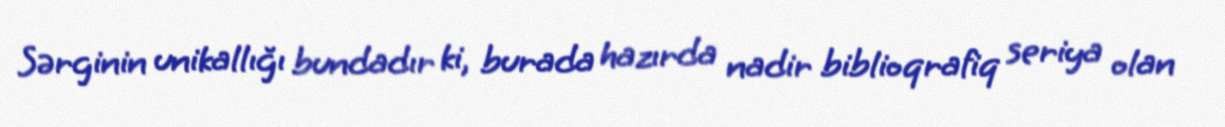
Sərginin unikallığı bundadır ki, burada hazırda nadir biblioqrafiq seriya olan